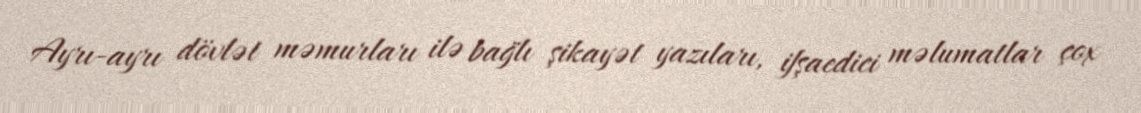
Ayrı-ayrı dövlət məmurları ilə bağlı şikayət yazıları, ifşaedici məlumatlar çox